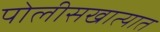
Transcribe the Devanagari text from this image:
पोलीसखात्यात